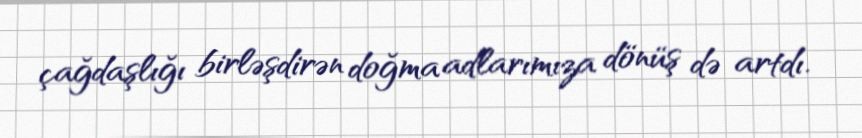
çağdaşlığı birləşdirən doğma adlarımıza dönüş də artdı.